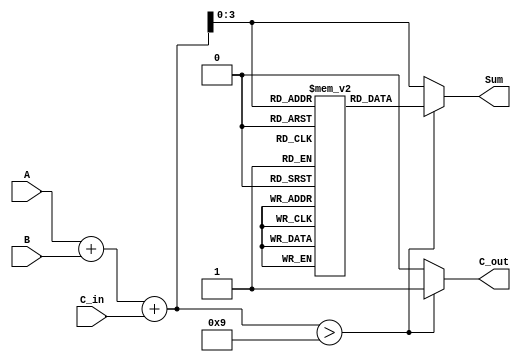
module BCD_LUT_Adder (
    input  wire [3:0] A,      // First BCD digit
    input  wire [3:0] B,      // Second BCD digit
    input  wire C_in,         // Carry-in
    output reg  [3:0] Sum,    // BCD sum output
    output reg  C_out         // Carry-out
);

    // Intermediate sum (5 bits to accommodate carry)
    wire [4:0] S;
    assign S = A + B + C_in;

    // Look-Up Table for BCD correction
    reg [3:0] LUT [0:18]; // LUT for sums from 0 to 18

    initial begin
        // Initialize the LUT with BCD values
        LUT[0]  = 4'b0000; // 0
        LUT[1]  = 4'b0001; // 1
        LUT[2]  = 4'b0010; // 2
        LUT[3]  = 4'b0011; // 3
        LUT[4]  = 4'b0100; // 4
        LUT[5]  = 4'b0101; // 5
        LUT[6]  = 4'b0110; // 6
        LUT[7]  = 4'b0111; // 7
        LUT[8]  = 4'b1000; // 8
        LUT[9]  = 4'b1001; // 9
        LUT[10] = 4'b0000; // 10 (invalid BCD, corrected to 0)
        LUT[11] = 4'b0001; // 11 (invalid BCD, corrected to 1)
        LUT[12] = 4'b0010; // 12 (invalid BCD, corrected to 2)
        LUT[13] = 4'b0011; // 13 (invalid BCD, corrected to 3)
        LUT[14] = 4'b0100; // 14 (invalid BCD, corrected to 4)
        LUT[15] = 4'b0101; // 15 (invalid BCD, corrected to 5)
        LUT[16] = 4'b0110; // 16 (invalid BCD, corrected to 6)
        LUT[17] = 4'b0111; // 17 (invalid BCD, corrected to 7)
        LUT[18] = 4'b1000; // 18 (invalid BCD, corrected to 8)
    end

    always @(*) begin
        // Determine the BCD sum and carry-out
        if (S > 9) begin
            Sum = LUT[S[3:0]]; // Use LUT for correction
            C_out = 1'b1;      // Set carry-out
        end else begin
            Sum = S[3:0];      // No correction needed
            C_out = 1'b0;      // No carry-out
        end
    end

endmodule